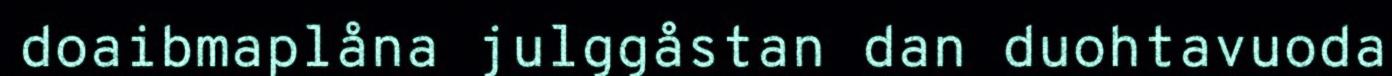
doaibmaplåna julggåstan dan duohtavuoda